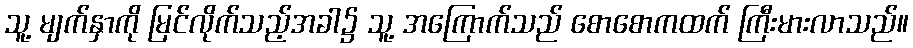
သူ့ မျက်နှာကို မြင်လိုက်သည့်အခါ၌ သူ့ အကြောက်သည် စောစောကထက် ကြီးမားလာသည်။